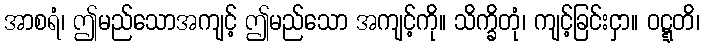
အာစရံ၊ ဤမည်သောအကျင့် ဤမည်သော အကျင့်ကို။ သိက္ခိတုံ၊ ကျင့်ခြင်းငှာ။ ဝဋ္ဋတိ၊